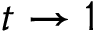
t \rightarrow 1